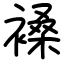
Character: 褬